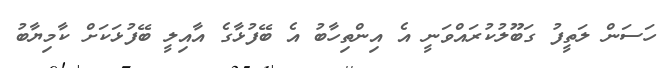
ހަަސަން ލަތީފު ގަބޫލުކުރައްވަނީ އެ އިންތިހާބު އެ ބޭފުޅާގެ އާއިލީ ބޭފުޅަކަށް ކާމިޔާބު